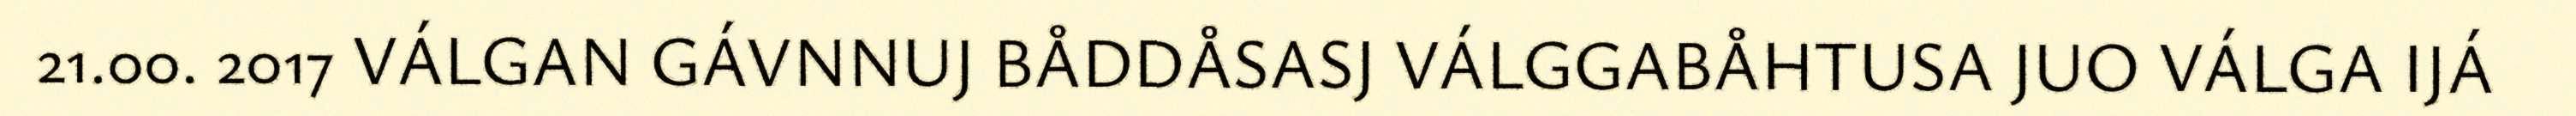
21.00. 2017 VÁLGAN GÁVNNUJ BÅDDÅSASJ VÁLGGABÅHTUSA JUO VÁLGA IJÁ